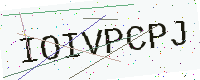
Text: IOIVPCPJ